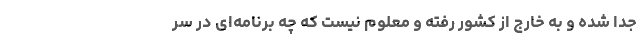
جدا شده و به خارج از کشور رفته و معلوم نیست که چه برنامه‌ای در سر